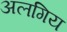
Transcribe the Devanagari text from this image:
अलगिय